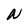
Character: N